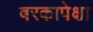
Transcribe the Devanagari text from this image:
बरकापेक्षा